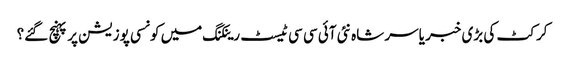
کرکٹ کی بڑی خبر یاسر شاہ نئی آئی سی سی ٹیسٹ رینکنگ میں کونسی پوزیشن پر پہنچ گئے؟